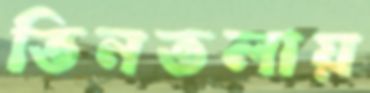
তিনতলায়